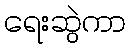
ရေးဆွဲကာ